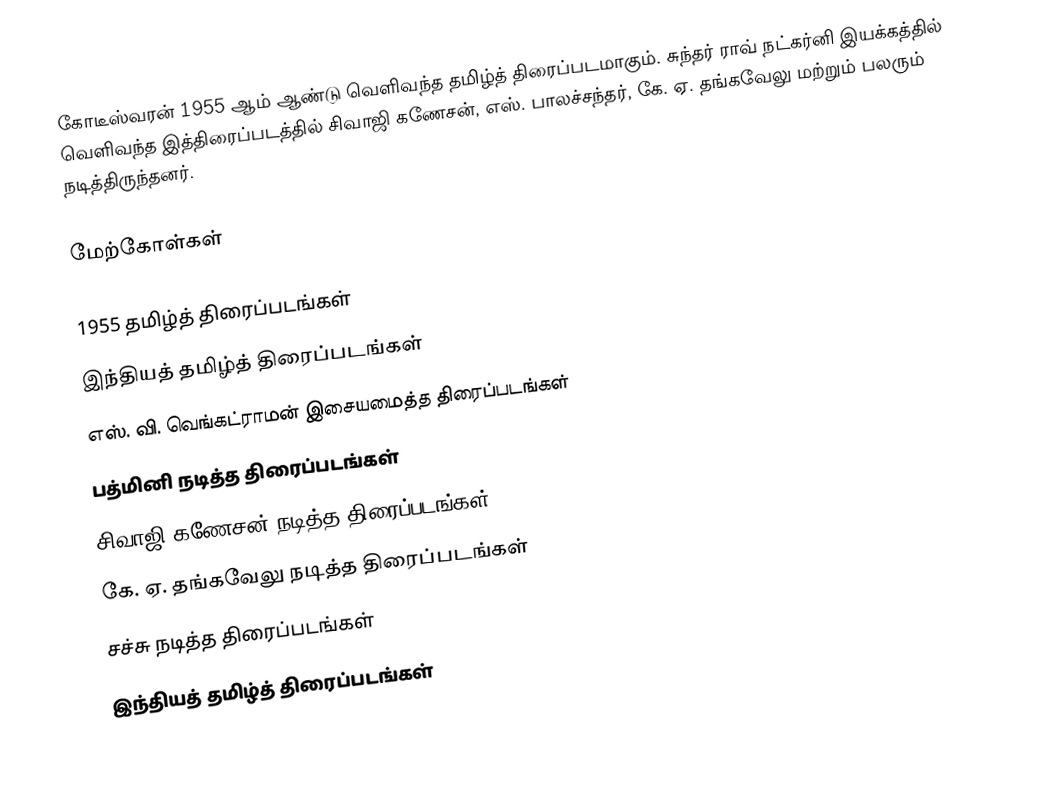
கோடீஸ்வரன் 1955 ஆம் ஆண்டு வெளிவந்த தமிழ்த் திரைப்படமாகும். சுந்தர் ராவ் நட்கர்னி இயக்கத்தில் வெளிவந்த இத்திரைப்படத்தில் சிவாஜி கணேசன், எஸ். பாலச்சந்தர், கே. ஏ. தங்கவேலு மற்றும் பலரும் நடித்திருந்தனர்.

மேற்கோள்கள்

1955 தமிழ்த் திரைப்படங்கள்
இந்தியத் தமிழ்த் திரைப்படங்கள்
எஸ். வி. வெங்கட்ராமன் இசையமைத்த திரைப்படங்கள்
பத்மினி நடித்த திரைப்படங்கள்
சிவாஜி கணேசன் நடித்த திரைப்படங்கள்
கே. ஏ. தங்கவேலு நடித்த திரைப்படங்கள்
சச்சு நடித்த திரைப்படங்கள்
இந்தியத் தமிழ்த் திரைப்படங்கள்